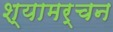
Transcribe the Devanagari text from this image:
श्यामर्चन